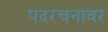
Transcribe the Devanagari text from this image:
पदरचनांवर